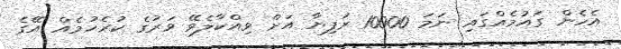
އެހެން ގައުމެއްގައި ނަމަ 10000 ރުފިޔާ އަށް ވިއްކާލެވޭ ވަރުގެ ކުރެހުމެއް އޭގެ